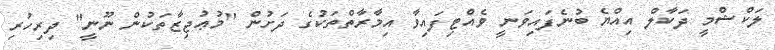
ލަކްޝްމީ ދަކާލް އިއްޔެ ބުނެފައިވަނީ ވެއްޓިފައިވާ އިމާރާތްތަކުގެ ދަށުން "މުޢުޖިޒާތަކުން ނޫނީ" ދިރިހުރި